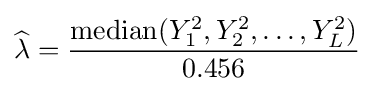
{\widehat {\lambda }}={\frac {\operatorname {median} (Y_{1}^{2},Y_{2}^{2},\ldots ,Y_{L}^{2})}{0.456}}